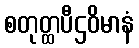
စတုတ္ထပီဌဝိမာနံ